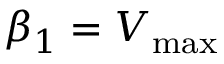
\beta _ { 1 } = V _ { \mathrm { m a x } }